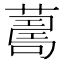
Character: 𦺚